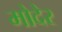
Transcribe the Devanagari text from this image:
मोदेर